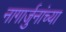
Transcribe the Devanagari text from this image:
नागार्जुनांच्या